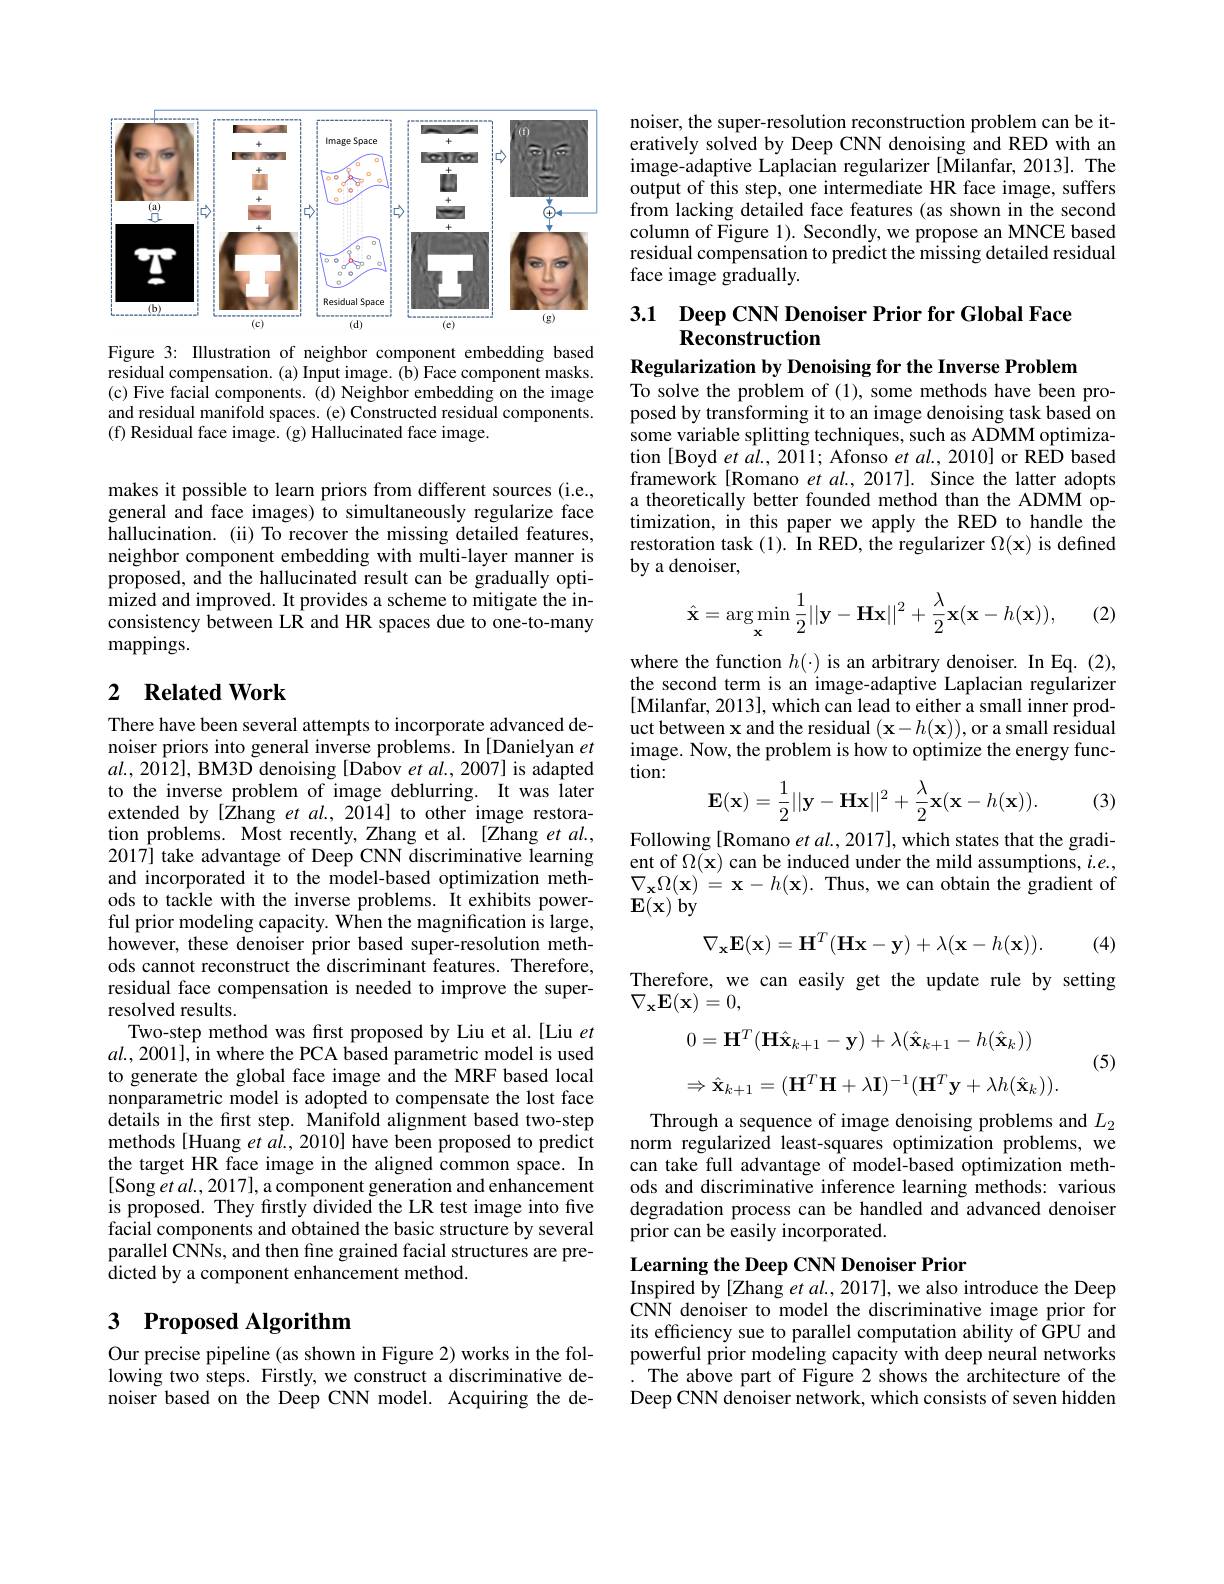
<FigureHere>
Figure 3: Illustration of neighbor component embedding based

residual compensation. (a) Input image. (b) Face component masks. (c) Five facial components. (d) Neighbor embedding on the image and residual manifold spaces. (e) Constructed residual components. (f) Residual face image. (g) Hallucinated face image.

makes it possible to learn priors from different sources (i.e., general and face images) to simultaneously regularize face hallucination. (ii) To recover the missing detailed features, neighbor component embedding with mult proposed, and the hallucinated result can be gradually optimized and improved. It provides a scheme to mitigate the inconsistency between LR and HR spaces due to one-to-many mappings.

## 2 $\textbf{Related Work}$

There have been several attempts to incorporate advanced denoiser priors into general inverse problems. In [Danielyan $et$ $al.,2012]$, BM3D denoising [Dabov et al., 2007] is adapted to the inverse problem of image deblurring. It was later extended by[Zhang et $al.,2014]$ to other image restoration problems. Most recently, Zhang et al. [Zhang et al., 2017] take advantage of Deep CNN discr and incorporated it to the model-based ods to tackle with the inverse problems. It exhibits powerful prior modeling capacity. When the magnification is large, however, these denoiser prior based super-resolution methods cannot reconstruct the discriminant features. Therefore, residual face compensation is needed to improve the superresolved results.
Two-step method was first proposed by Liu et al.[Liu et $al.,2001]$, in where the PCA based parametric model is used to generate the global face image and the MRF based local nonparametric model is adopted to comp details in the frst step. Manifold alignment based two-step methods[Huang et a$\tilde{l}.,2010]$ have been proposed to predict the target HR face image in the aligned common space. In [Song et al., 2017], a component generation and enhancement is proposed. They firstly divided the LR test image into five facial components and obtained the basic structure by several parallel CNNs, and then fine grained facial structures are predicted by a component enhancement method.

## 3 Proposed Algorithm

Our precise pipeline (as shown in Figure 2) works in the following two steps. Firstly, we construct a discriminative denoiser based on the Deep CNN model. Acquiring the de-

noiser, the super-resolution reconstruction problem can be iteratively solved by Deep CNN denoising image-adaptive Laplacian regularizer [ output of this step, one intermediate HR face image, suffers from lacking detailed face features (as shown in the second column of Figure 1). Secondly, we propose an MNCE based residual compensation to predict the m face image gradually.

## 3.1 Deep CNN Denoiser Prior for Global Face Reconstruction

Regularization by Denoising for the Inverse Problem

To solve the problem of (1), some methods have been proposed by transforming it to an image d some variable splitting techniques, such as ADMM optimization [Boyd et al., 2011; Afonso et al., 2010] or RED based framework [Romano et al., 2017]. Since the latter adopts a theoretically better founded method than the ADMM optimization, in this paper we apply the RED to handle the restoration task (1). In RED, the regularizer $\Omega(\mathbf{x})$ is defined by a denoiser,
$$\hat{\mathbf{x}}=\arg\min_{\mathbf{x}}\frac{1}{2}||\mathbf{y}-\mathbf{H}\mathbf{x}||^{2}+\frac{\lambda}{2}\mathbf{x}(\mathbf{x}-h(\mathbf{x})),$$
(2)

where the function $h(\cdot)$ is an arbitrary denoiser. In Eq. (2), the second term is an image-adaptive Laplacian regularizer [Milanfar, 2013], which can lead to either a small inner product between x and the residual $(\mathbf{x}-h(\mathbf{x}))$, or a small residual image. Now, the problem is how to opti tion:
$$\mathbf{E}(\mathbf{x})=\frac{1}{2}||\mathbf{y}-\mathbf{H}\mathbf{x}||^{2}+\frac{\lambda}{2}\mathbf{x}(\mathbf{x}-h(\mathbf{x})).$$
(3)

Following [Romano et al., 2017], which ent of $\Omega(\mathbf{x})$ can be induced under t $\nabla_{\mathbf{x}}\Omega(\mathbf{x})=\mathbf{x}-h(\mathbf{x}).$ Thus, we can obtain the gradient of $\mathbf{E}(\mathbf{x})$ by
$$\nabla_{\mathbf{x}}\mathbf{E}(\mathbf{x})=\mathbf{H}^{T}(\mathbf{H}\mathbf{x}-\mathbf{y})+\lambda(\mathbf{x}-h(\mathbf{x})).$$
(4)

Therefore, we can easily get the update rule by setting
$\nabla_{\mathbf{x}}\mathbf{E}(\mathbf{x})=0$,

(5)
$$0=\mathbf{H}^T(\mathbf{H}\hat{\mathbf{x}}_{k+1}-\mathbf{y})+\lambda(\hat{\mathbf{x}}_{k+1}-h(\hat{\mathbf{x}}_k))$$
$$\Rightarrow\hat{\mathbf{x}}_{k+1}=(\mathbf{H}^T\mathbf{H}+\lambda\mathbf{I})^{-1}(\mathbf{H}^T\mathbf{y}+\lambda h(\hat{\mathbf{x}}_k)).$$
Through a sequence of image denoising norm regularized least-squares optimization problems, we can take full advantage of model-based optimization methods and discriminative inference learning methods: various degradation process can be handled and advanced denoiser prior can be easily incorporated.

Learning the Deep CNN Denoiser Prior
Inspired by [Zhang et al., 2017], we a

CNN denoiser to model the discriminative image prior for its efficiency sue to parallel computation ability of GPU and powerful prior modeling capacity with deep neural networks The above part of Figure 2 shows the architecture of the Deep CNN denoiser network, which consists of seven hidden